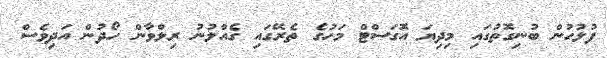
ފުލުހުން ބުނިގޮތުގައި މިދިޔަ އޮގަސްޓް މަހުގެ ތެރޭގައި ގެއްލުނު ރިލްވާން ހޯދުން އަދިވެސް